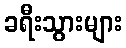
ခရီးသွားများ